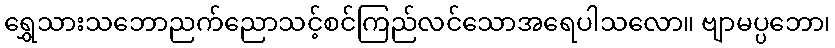
ရွှေသားသဘောညက်ညောသင့်စင်ကြည်လင်သောအရေပါသလော။ ဗျာမပ္ပဘော၊